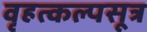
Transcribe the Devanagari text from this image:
वृहत्कल्पसूत्र